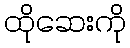
ထိုဆေးကို